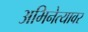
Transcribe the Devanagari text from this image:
अभिनेत्यावर